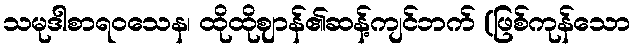
သမုဒါစာရဝသေန၊ ထိုထိုဈာန်၏ဆန့်ကျင်ဘက် (ဖြစ်ကုန်သော